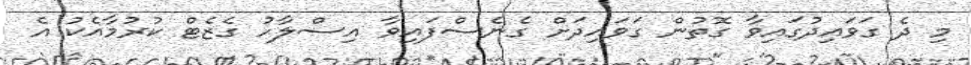
މި ދެ ގަވައިދުގައިވާ ގޮތުން ގަވައިދަށް ގެނެސްފައިވާ އިސްލާހު ގެޒެޓް ކުރުމާއެކު އެ